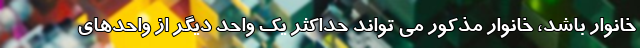
خانوار باشد، خانوار مذکور می تواند حداکثر یک واحد دیگر از واحدهای